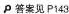
答案见P143